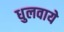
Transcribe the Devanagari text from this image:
धुलवाये